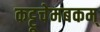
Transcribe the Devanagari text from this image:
कट्टूचेमबकम्